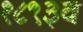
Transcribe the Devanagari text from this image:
१८९३व